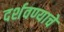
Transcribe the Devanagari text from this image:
दर्शवण्याचे